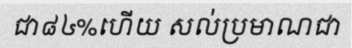
ជា៨៤%ហើយ សល់ប្រមាណជា